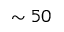
\sim 5 0